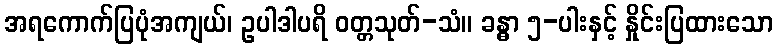
အရကောက်ပြပုံအကျယ်၊ ဥပါဒါပရိ ဝတ္တသုတ်-သံ။ ခန္ဓာ ၅-ပါးနှင့် နှိုင်းပြထားသော